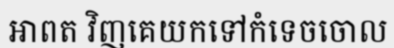
អាពត វិញគេយកទៅកំទេចចោល